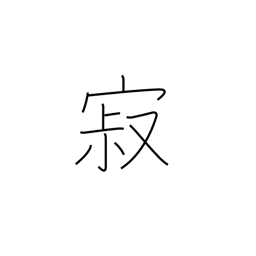
Meaning: mellow